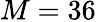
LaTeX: M=36